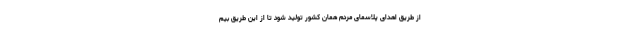
از طریق اهدای پلاسمای مردم همان کشور تولید شود تا از این طریق بیم